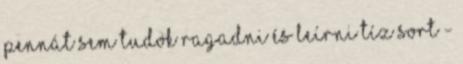
pennát sem tudok ragadni és leírni tíz sort -